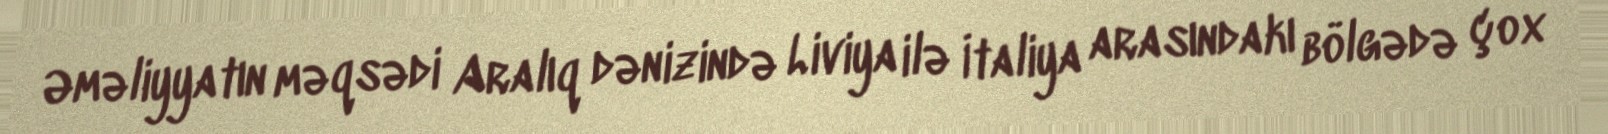
Əməliyyatın məqsədi Aralıq dənizində Liviya ilə İtaliya arasındakı bölgədə çox